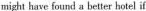
might have found a better hotel if